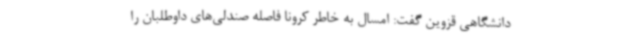
دانشگاهی قزوین گفت: امسال به خاطر کرونا فاصله صندلی‌های داوطلبان را